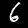
Label: 6